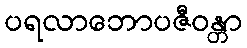
ပရလာဘောပဇီဝန္တာ